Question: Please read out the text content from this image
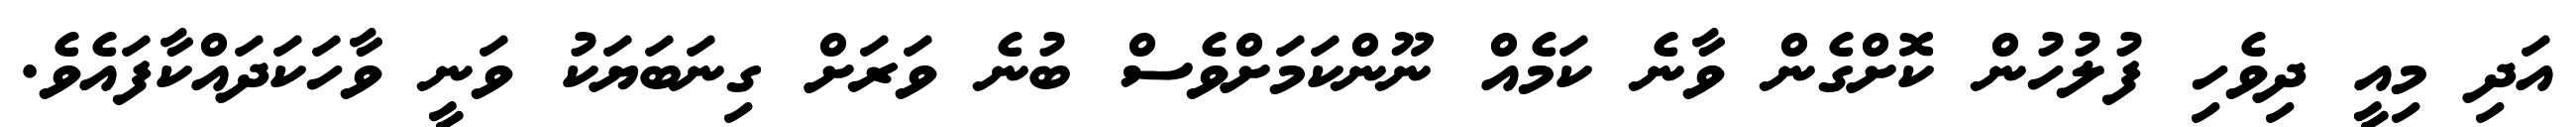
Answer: އަދި މިއީ ދިވެހި ފުލުހުން ކޮށްގެން ވާނެ ކަމެއް ނޫންކަމަށްވެސް ބުނެ ވަރަށް ގިނަބަޔަކު ވަނީ ވާހަކަދައްކާފައެވެ.